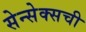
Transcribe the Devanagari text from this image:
सेन्सेक्सची